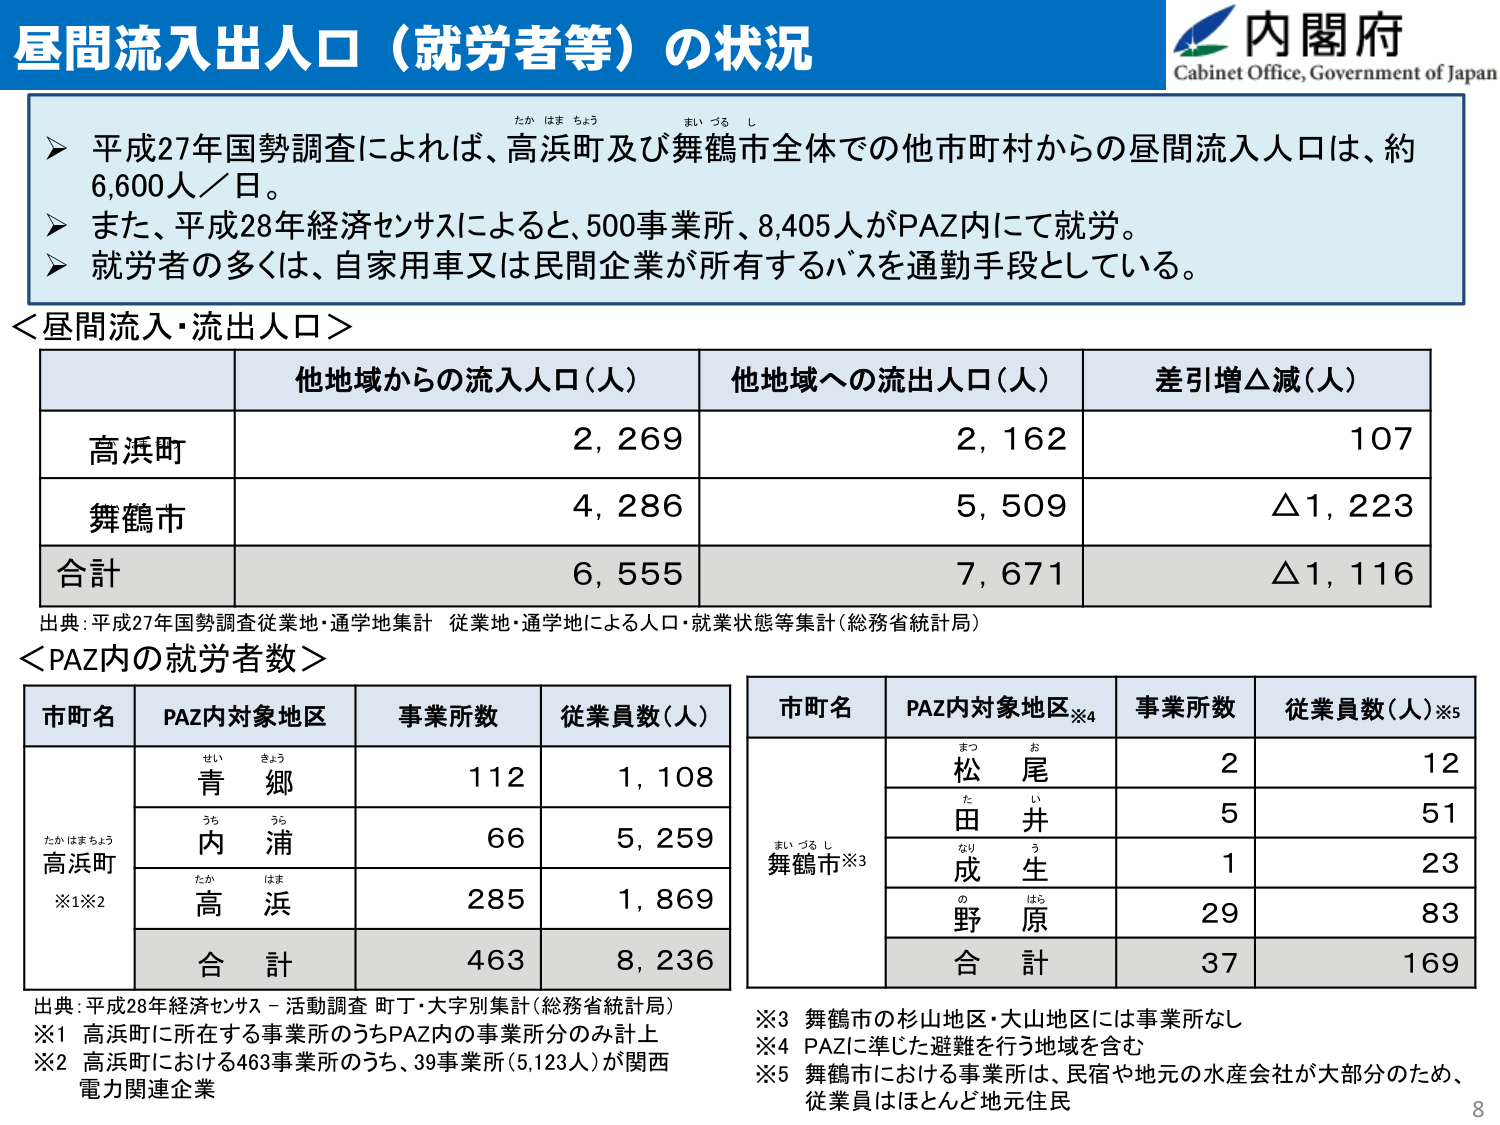
昼間流入出人口（就労者等）の状況

内閣府
Cabinet Office, Government of Japan

▶ 平成27年国勢調査によれば、高浜町及び舞鶴市全体での他市町村からの昼間流入人口は、約6,600人／日。
▶ また、平成28年経済センサスによると、500事業所、8,405人がPAZ内にて就労。
▶ 就労者の多くは、自家用車又は民間企業が所有するバスを通勤手段としている。

＜昼間流入・流出人口＞

他地域からの流入人口（人）　他地域への流出人口（人）　差引増△減（人）
高浜町　　　　　　　　　　2,269　　　　　　　　　　2,162　　　　　　　　　　107
舞鶴市　　　　　　　　　　4,286　　　　　　　　　　5,509　　　　　　　　　　△1,223
合計　　　　　　　　　　　6,555　　　　　　　　　　7,671　　　　　　　　　　△1,116

出典：平成27年国勢調査従業地・通学地集計 従業地・通学地による人口・就業状態等集計（総務省統計局）

＜PAZ内の就労者数＞

市町名　PAZ内対象地区　事業所数　従業員数（人）
　　　　　せい　きょう